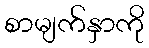
စာမျက်နှာကို